Punjab Mental Hospital Lahore 1922-31 - 1922-1931
Year: 1922
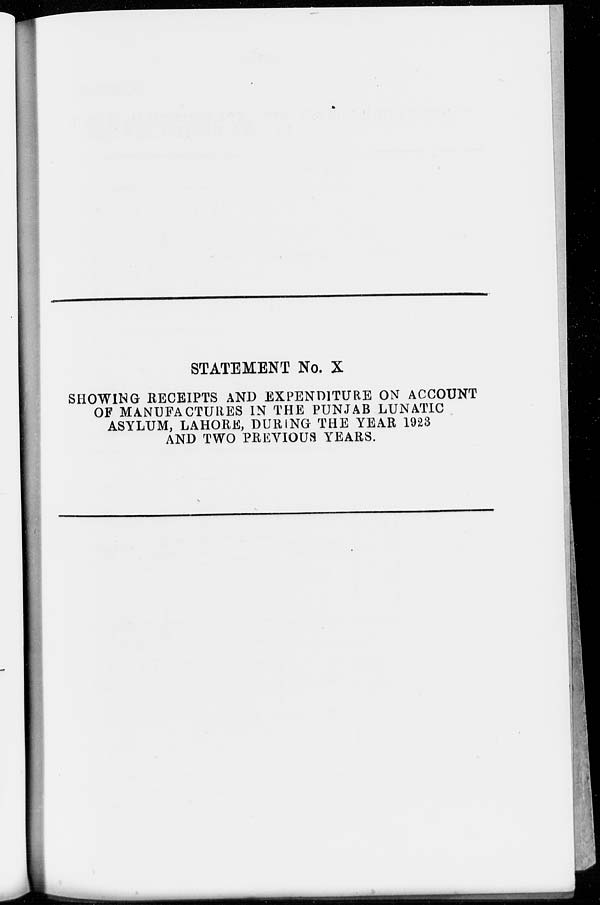
STATEMENT No. X
SHOWING RECEIPTS AND EXPENDITURE ON ACCOUNT
OF MANUFACTURES IN THE PUNJAB LUNATIC
ASYLUM, LAHORE, DURING THE YEAR 1923
AND TWO PREVIOUS YEARS.